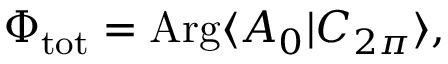
\Phi _ { \mathrm { t o t } } = \mathrm { A r g } \langle A _ { 0 } | C _ { 2 \pi } \rangle ,